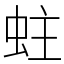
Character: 蛀